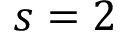
s = 2